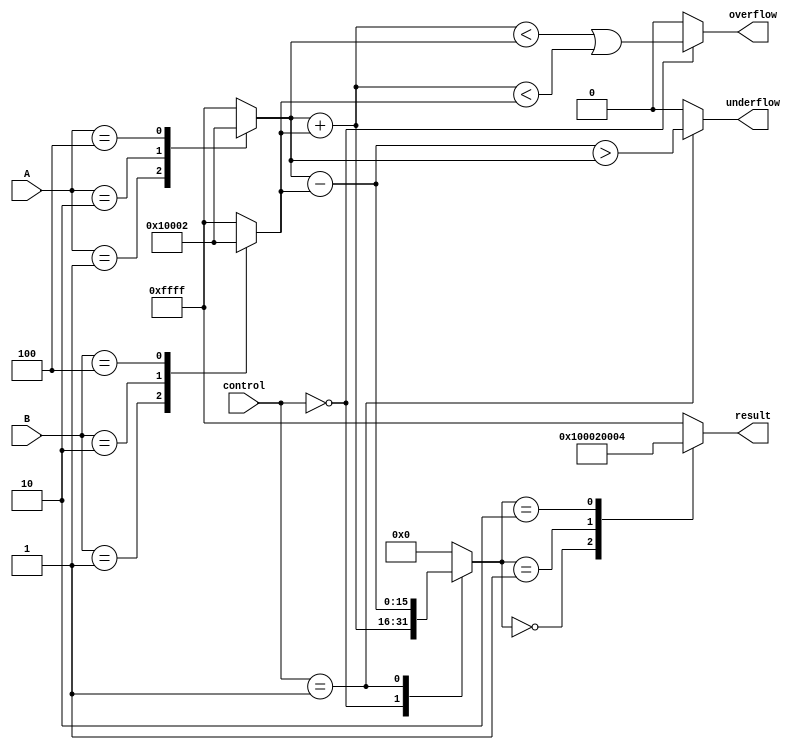
module Logarithm_DSPU (
    input wire [15:0] A, // Input A
    input wire [15:0] B, // Input B
    input wire [1:0] control, // Control signal: 00 - multiply, 01 - divide
    output reg [15:0] result, // Output result
    output reg overflow, // Overflow flag
    output reg underflow  // Underflow flag
);

    // Internal signals
    wire [15:0] logA;
    wire [15:0] logB;
    wire [15:0] logResult;

    // Logarithm Block (using a simple LUT for demonstration)
    function [15:0] logarithm;
        input [15:0] x;
        begin
            // Example LUT for logarithm
            case (x)
                16'h0001: logarithm = 16'h0000; // log(1) = 0
                16'h0002: logarithm = 16'h0001; // log(2) = 1
                16'h0004: logarithm = 16'h0002; // log(4) = 2
                // Add more cases as needed
                default: logarithm = 16'hFFFF; // Invalid input
            endcase
        end
    endfunction

    assign logA = logarithm(A);
    assign logB = logarithm(B);

    // Arithmetic Unit
    always @(*) begin
        case (control)
            2'b00: begin // Multiplication
                logResult = logA + logB; // log(A * B) = log(A) + log(B)
                overflow = (logResult < logA || logResult < logB); // Simple check
                underflow = 0; // Underflow not possible in log domain for positive inputs
            end
            2'b01: begin // Division
                logResult = logA - logB; // log(A / B) = log(A) - log(B)
                overflow = 0; // Overflow not possible in log domain for positive inputs
                underflow = (logResult > logA); // Check if underflow occurs
            end
            default: begin
                logResult = 16'h0000; // Default case
                overflow = 0;
                underflow = 0;
            end
        endcase
    end

    // Exponential Block (using a simple LUT for demonstration)
    function [15:0] exponential;
        input [15:0] x;
        begin
            // Example LUT for exponential
            case (x)
                16'h0000: exponential = 16'h0001; // exp(0) = 1
                16'h0001: exponential = 16'h0002; // exp(1) = 2
                16'h0002: exponential = 16'h0004; // exp(2) = 4
                // Add more cases as needed
                default: exponential = 16'hFFFF; // Invalid input
            endcase
        end
    endfunction

    // Final result calculation
    always @(*) begin
        result = exponential(logResult);
    end

endmodule